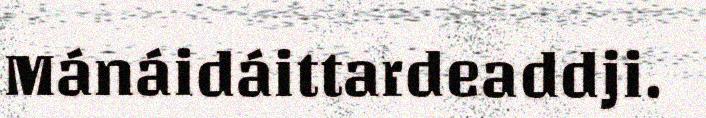
Mánáidáittardeaddji.